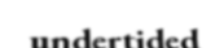
undertided